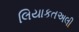
લિયાકતઅલી